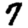
Digit: 7